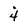
Character: 4